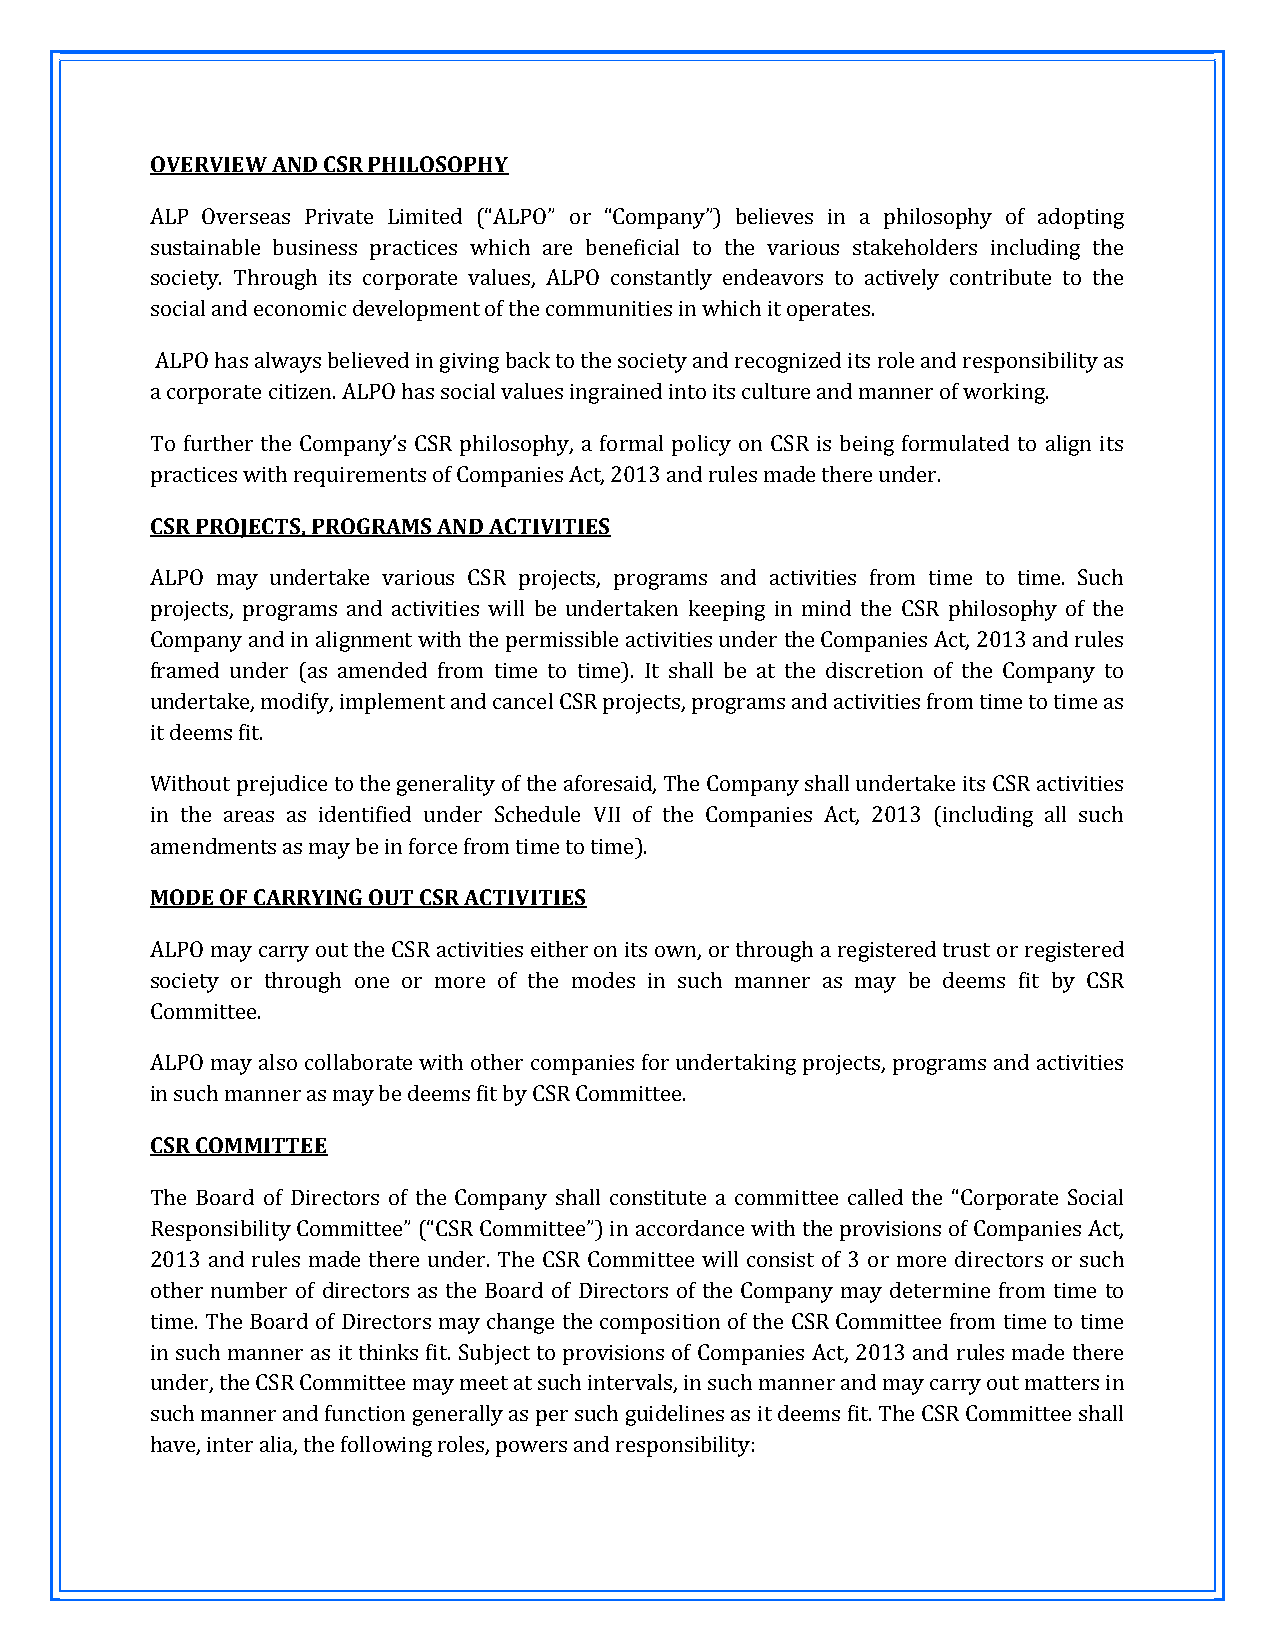
OVERVIEW AND CSR PHILOSOPHY
 ALP Overseas Private Limited (“ALPO” or “Company”) believes in a philosophy of adopting
 sustainable business practices which are beneficial to the various stakeholders including the
 society. Through its corporate values, ALPO constantly endeavors to actively contribute to the
 social and economic development of the communities in which it operates.
 ALPO has always believed in giving back to the society and recognized its role and responsibility as
 a corporate citizen. ALPO has social values ingrained into its culture and manner of working.
 To further the Company’s CSR philosophy, a formal policy on CSR is being formulated to align its
 practices with requirements of Companies Act, 2013 and rules made there under.
 CSR PROJECTS, PROGRAMS AND ACTIVITIES
 ALPO may undertake various CSR projects, programs and activities from time to time. Such
 projects, programs and activities will be undertaken keeping in mind the CSR philosophy of the
 Company and in alignment with the permissible activities under the Companies Act, 2013 and rules
 framed under (as amended from time to time). It shall be at the discretion of the Company to
 undertake, modify, implement and cancel CSR projects, programs and activities from time to time as
 it deems fit.
 Without prejudice to the generality of the aforesaid, The Company shall undertake its CSR activities
 in the areas as identified under Schedule VII of the Companies Act, 2013 (including all such
 amendments as may be in force from time to time).
 MODE OF CARRYING OUT CSR ACTIVITIES
 ALPO may carry out the CSR activities either on its own, or through a registered trust or registered
 society or through one or more of the modes in such manner as may be deems fit by CSR
 Committee.
 ALPO may also collaborate with other companies for undertaking projects, programs and activities
 in such manner as may be deems fit by CSR Committee.
 CSR COMMITTEE
 The Board of Directors of the Company shall constitute a committee called the “Corporate Social
 Responsibility Committee” (“CSR Committee”) in accordance with the provisions of Companies Act,
 2013 and rules made there under. The CSR Committee will consist of 3 or more directors or such
 other number of directors as the Board of Directors of the Company may determine from time to
 time. The Board of Directors may change the composition of the CSR Committee from time to time
 in such manner as it thinks fit. Subject to provisions of Companies Act, 2013 and rules made there
 under, the CSR Committee may meet at such intervals, in such manner and may carry out matters in
 such manner and function generally as per such guidelines as it deems fit. The CSR Committee shall
 have, inter alia, the following roles, powers and responsibility: